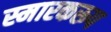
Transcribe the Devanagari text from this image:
स्मारकरूप